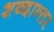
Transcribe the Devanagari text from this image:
शब्दान्तर